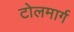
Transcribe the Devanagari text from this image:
टोलमार्ग